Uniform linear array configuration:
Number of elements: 16
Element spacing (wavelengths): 1
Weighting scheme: binomial
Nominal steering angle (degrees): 45
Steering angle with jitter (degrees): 45.18
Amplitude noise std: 0.05
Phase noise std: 0.05

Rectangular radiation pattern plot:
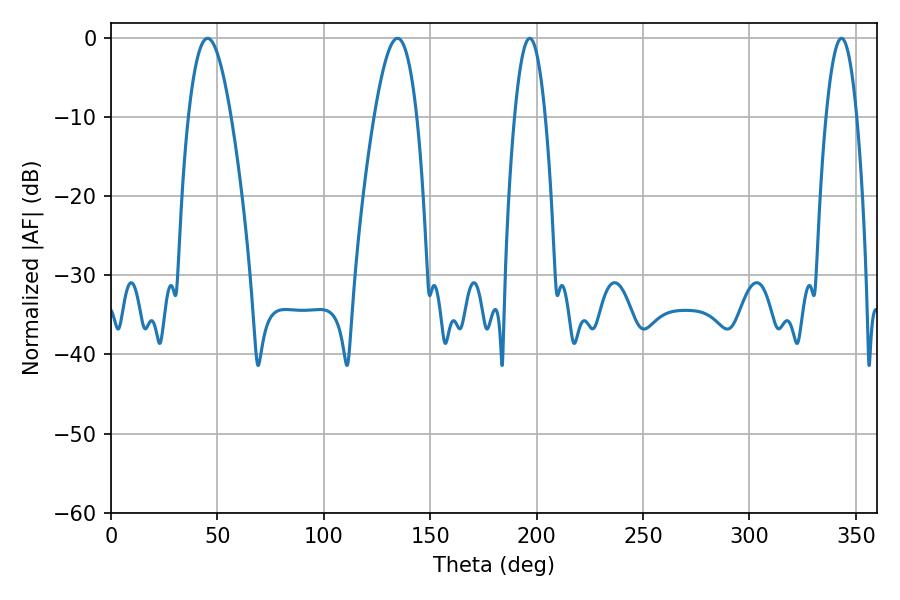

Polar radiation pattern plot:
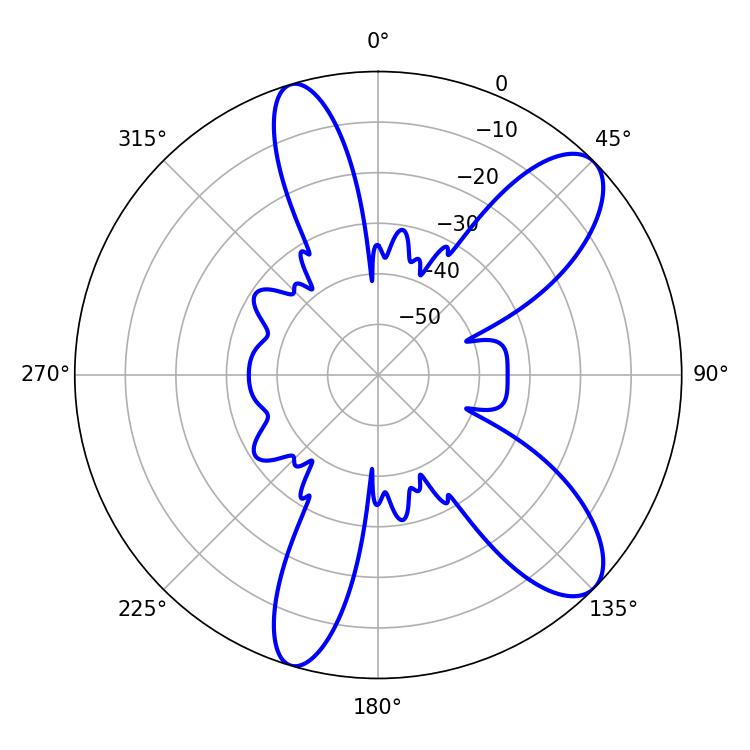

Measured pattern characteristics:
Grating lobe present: TRUE
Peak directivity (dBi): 9.823
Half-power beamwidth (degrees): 10.8
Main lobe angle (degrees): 45.36